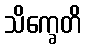
သိက္ခေတိ